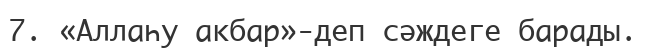
7. «Аллаһу акбар»-деп сәждеге барады.